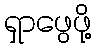
ရှာဖွေဖို့